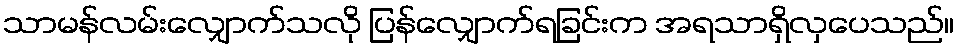
သာမန်လမ်းလျှောက်သလို ပြန်လျှောက်ရခြင်းက အရသာရှိလှပေသည်။